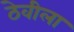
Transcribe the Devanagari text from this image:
ठेवीला